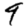
Digit: 9